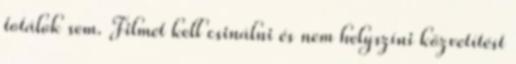
totálok sem. Filmet kell csinálni és nem helyszíni közvetítést